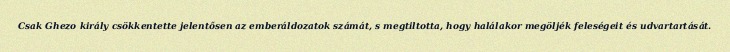
Csak Ghezo király csökkentette jelentősen az emberáldozatok számát, s megtiltotta, hogy halálakor megöljék feleségeit és udvartartását.